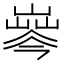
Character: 𡼘